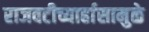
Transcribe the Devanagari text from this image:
राजवटीच्यार्हासामुळे